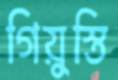
গিয়ুস্তি